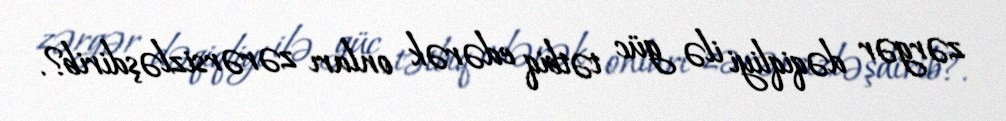
zərgər dəqiqliyi ilə güc tətbiq edərək onları zərərsizləşdirib?.